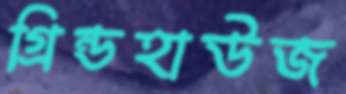
গ্রিন্ডহাউজ